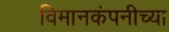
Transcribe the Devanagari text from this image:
विमानकंपनीच्या